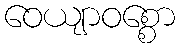
ဝေယျာဝစ္စော